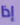
إذا